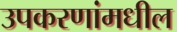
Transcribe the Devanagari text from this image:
उपकरणांमधील